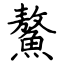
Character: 鰲